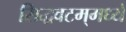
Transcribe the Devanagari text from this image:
सिद्धवटम्‌मध्ये